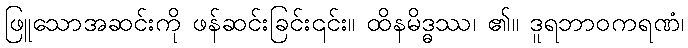
ဖြူသောအဆင်းကို ဖန်ဆင်းခြင်း၎င်း။ ထိနမိဒ္ဓဿ၊ ၏။ ဒူရဘာဝကရဏံ၊